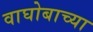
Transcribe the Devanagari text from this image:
वाघोबाच्या